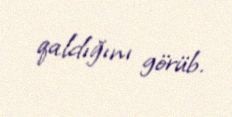
qaldığını görüb.